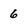
Character: 6